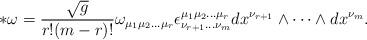
LaTeX: \begin{align*}* \omega = \frac{\sqrt{g}}{r!(m-r)!}\omega_{\mu_{1}\mu_{2}\dots\mu_{r}} \epsilon^{\mu_{1}\mu_{2}\dots\mu_{r}}_{\nu_{r+1}\dots\nu_{m}} dx^{\nu_{r+1}}\wedge \cdots \wedge dx^{\nu_{m}}.\end{align*}